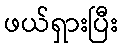
ဖယ်ရှားပြီး